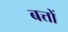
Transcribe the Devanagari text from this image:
बत्तों